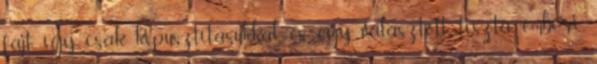
fajt, így csak kipusztításukkal, és egy választott tiszta emberi